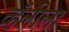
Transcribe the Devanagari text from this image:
व्हॅलीला